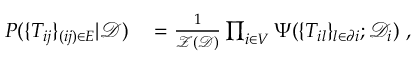
\begin{array} { r l } { P ( \{ T _ { i j } \} _ { ( i j ) \in E } | \mathcal { D } ) } & { { } = \frac { 1 } { \mathcal { Z } ( \mathcal { D } ) } \prod _ { i \in V } \Psi ( \{ T _ { i l } \} _ { l \in \partial i } ; \mathcal { D } _ { i } ) \ , } \end{array}